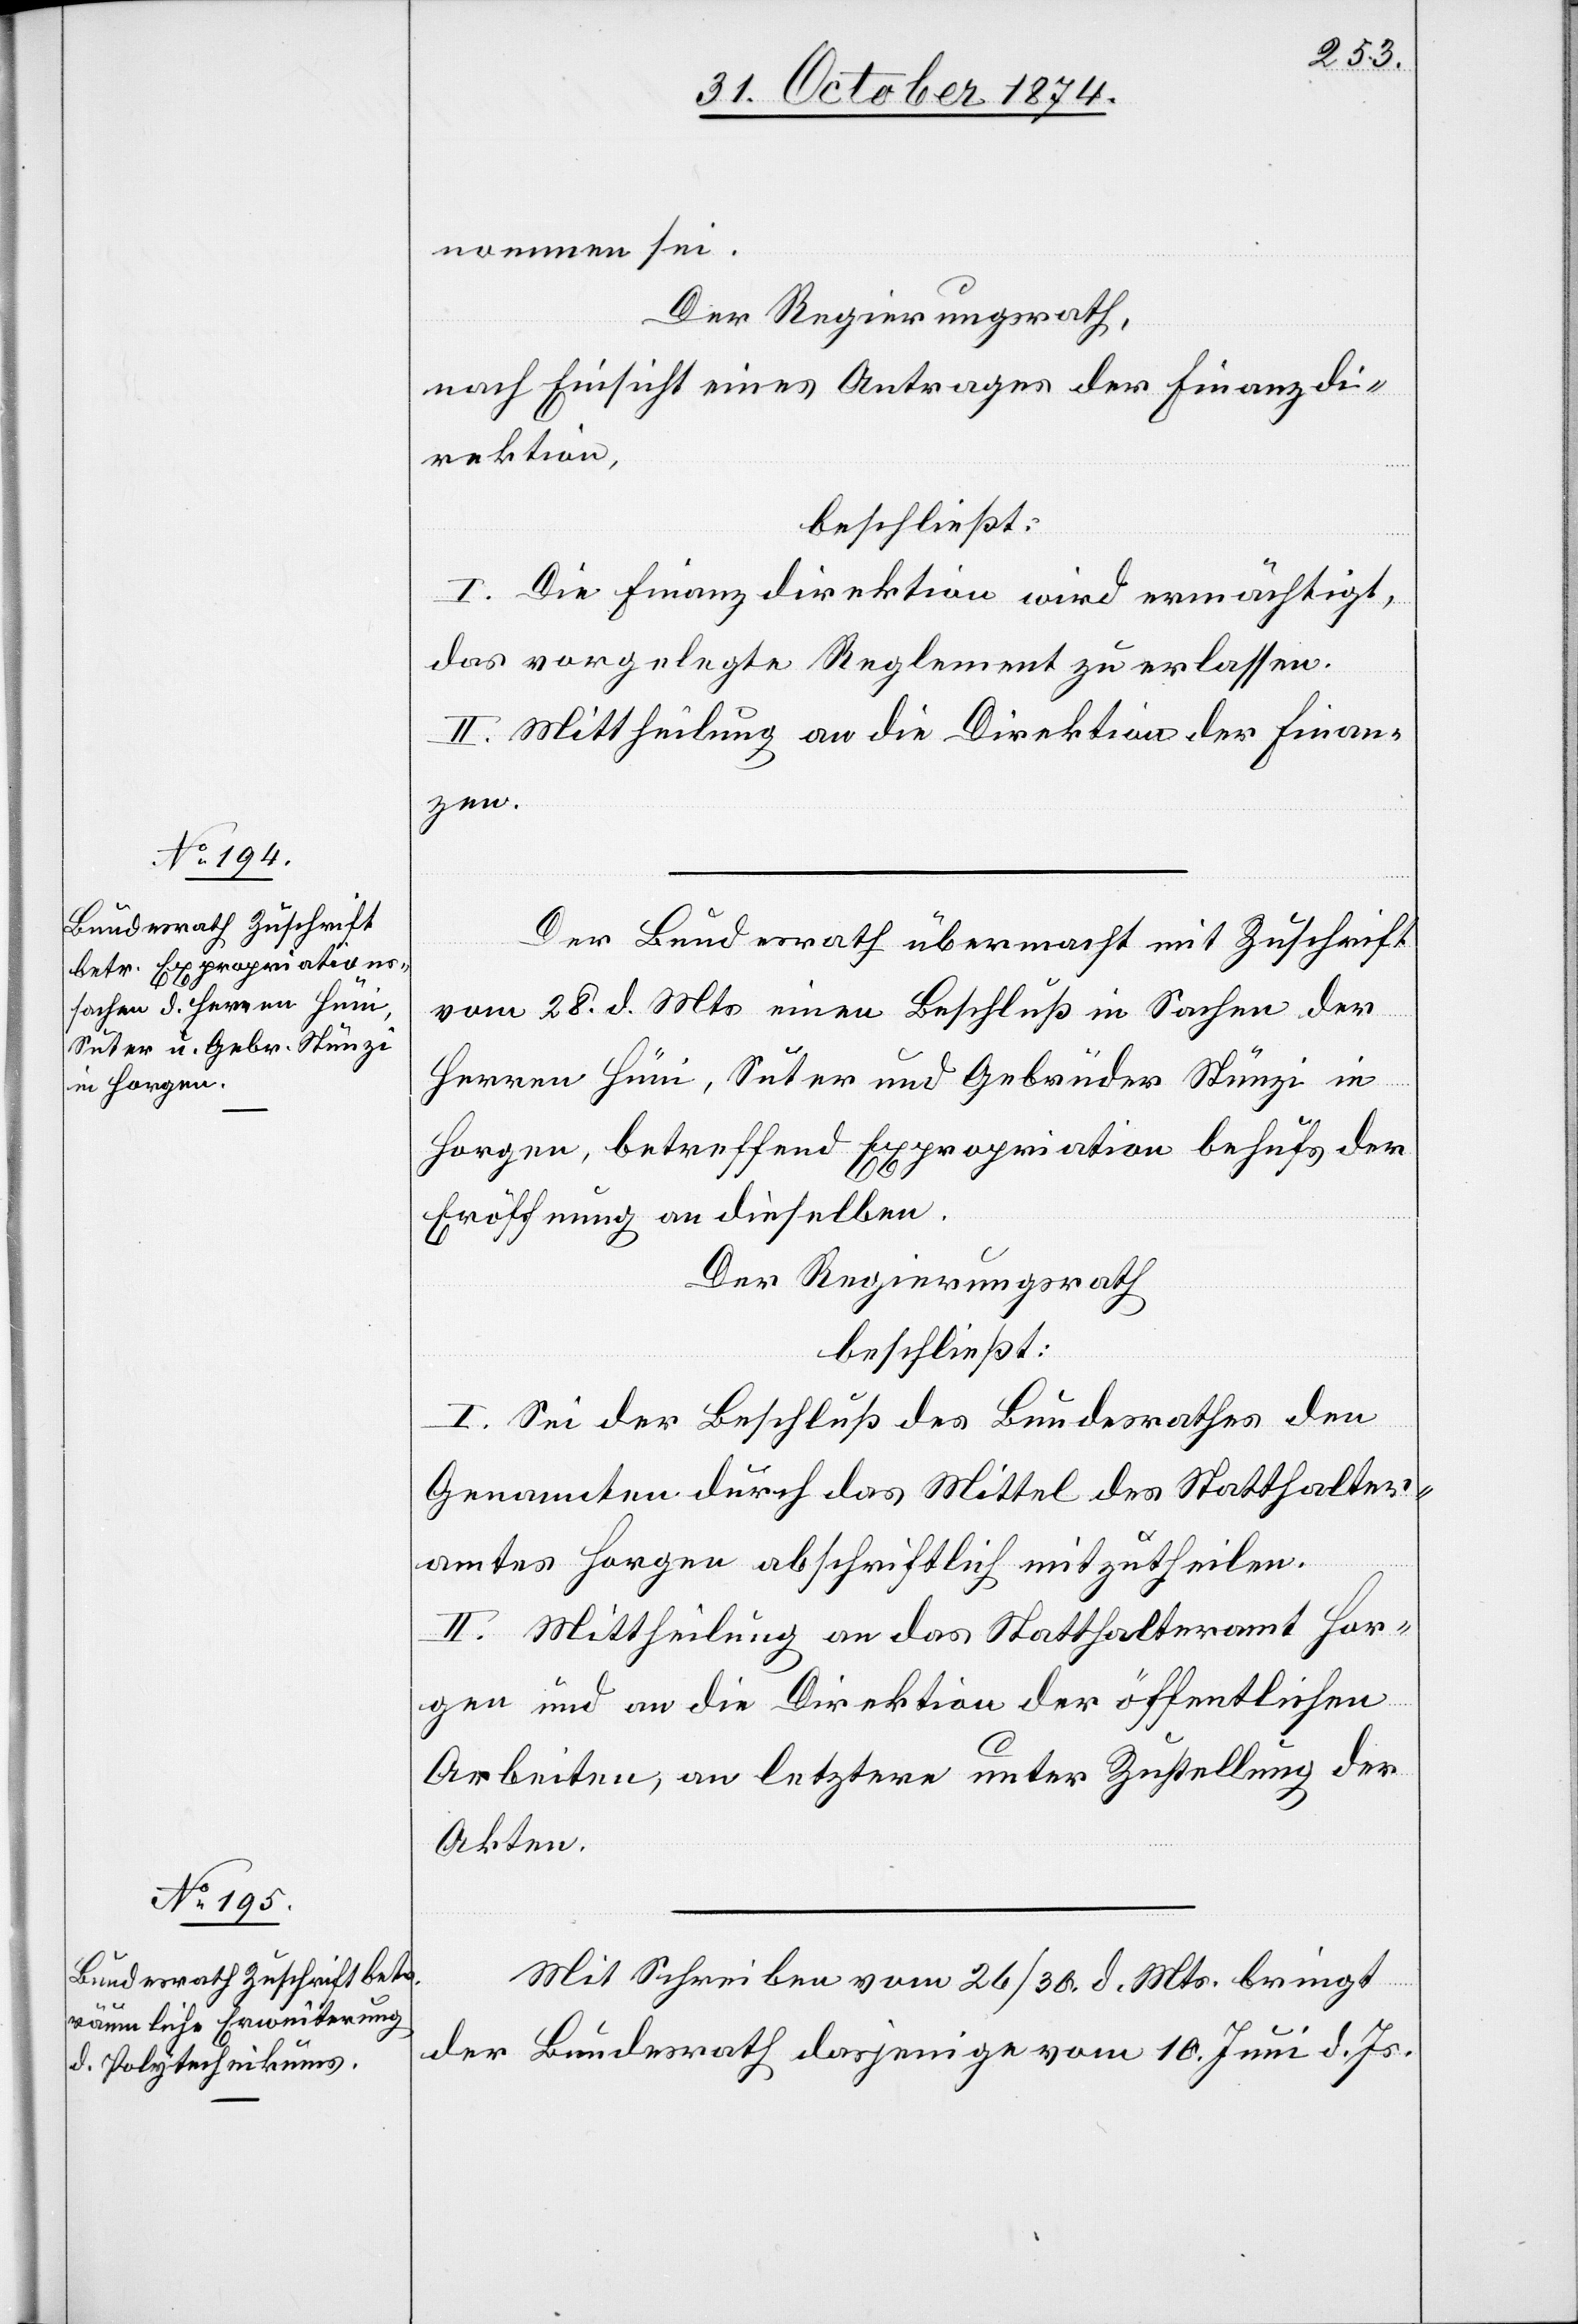
genommen sei.
Der Regierungsrath,
nach Einsicht eines Antrages der Finanzdi¬
rektion,
beschließt:
I. Die Finanzdirektion wird ermächtigt,
das vorgelegte Reglement zu erlassen.
II. Mittheilung an die Direktion der Finan¬
zen.
Der Bundesrath übermacht mit Zuschrift
vom 28. d. Mts. einen Beschluß in Sachen der
Herren Hüni, Suter und Gebrüder Stünzi in
Horgen, betreffend Expropriation behufs der
Eröffnung an dieselben.
Der Regierungsrath
beschließt:
I. Sei der Beschluß des Bundesrathes den
Genannten durch das Mittel des Statthalter¬
amtes Horgen abschriftlich mitzutheilen.
II. Mittheilung an das Statthalteramt Hor¬
gen und an die Direktion der öffentlichen
Arbeiten, an letztere unter Zustellung der
Akten.
Mit Schreiben vom 26/30. d. Mts. bring
der Bundesrath dasjenige vom 10. Juni d. Js.